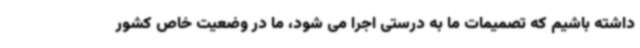
داشته باشیم که تصمیمات ما به درستی اجرا می شود، ما در وضعیت خاص کشور